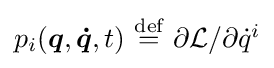
\textstyle p_{i}({\boldsymbol {q}},{\boldsymbol {\dot {q}}},t)~{\stackrel {\text{def}}{=}}~{\partial {\mathcal {L}}}/{\partial {\dot {q}}^{i}}